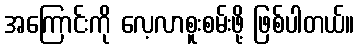
အကြောင်းကို လေ့လာစူးစမ်းဖို့ ဖြစ်ပါတယ်။